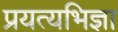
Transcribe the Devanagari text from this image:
प्रयत्यभिज्ञा